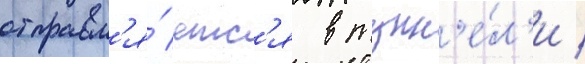
отправл'я́етс'я в тунн'е́л'и /